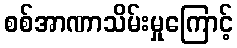
စစ်အာဏာသိမ်းမှုကြောင့်